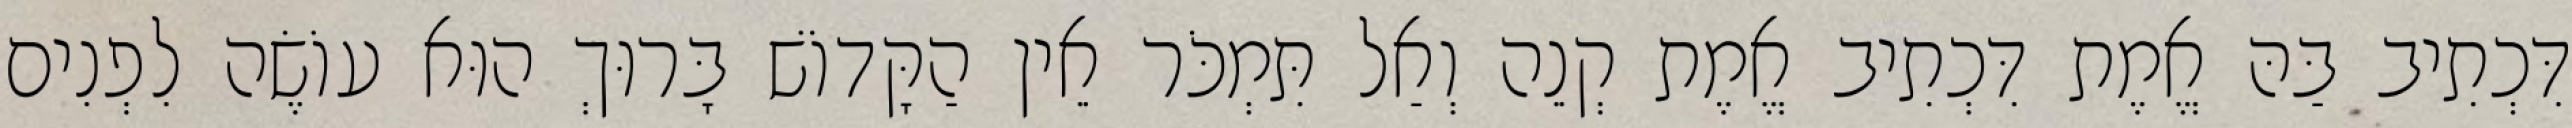
דִּכְתִיב בַּהּ אֱמֶת דִּכְתִיב אֱמֶת קְנֵה וְאַל תִּמְכֹּר אֵין הַקָּדוֹשׁ בָּרוּךְ הוּא עוֹשֶׂה לִפְנִים